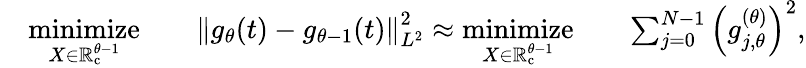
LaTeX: \begin{array}{rlrlrl}&{\underset{X\in\mathbb{R}_{\mathrm{c}}^{\theta-1}}{\mathrm{minimize}}}&&{\left\lVert g_{\theta}(t)-g_{\theta-1}(t)\right\rVert_{L^{2}}^{2}\approx\underset{X\in\mathbb{R}_{\mathrm{c}}^{\theta-1}}{\mathrm{minimize}}}&&{\sum_{j=0}^{N-1}\left(g_{j,\theta}^{(\theta)}\right)^{2},}\end{array}